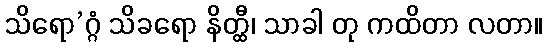
သိရော’ဂ္ဂံ သိခရော နိတ္ထီ၊ သာခါ တု ကထိတာ လတာ။